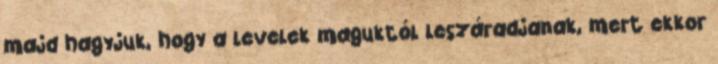
majd hagyjuk, hogy a levelek maguktól leszáradjanak, mert ekkor